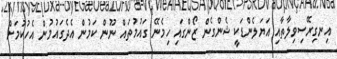
އިނގިރޭސިވިލާތާއި އަޔަލެންޑަކީ ޝެންގެން ޒޯންގައި ހިމެނޭ ގައުމުތައް ނޫން ކަމުން އެދެގައުމުން އެހުކުމަށް